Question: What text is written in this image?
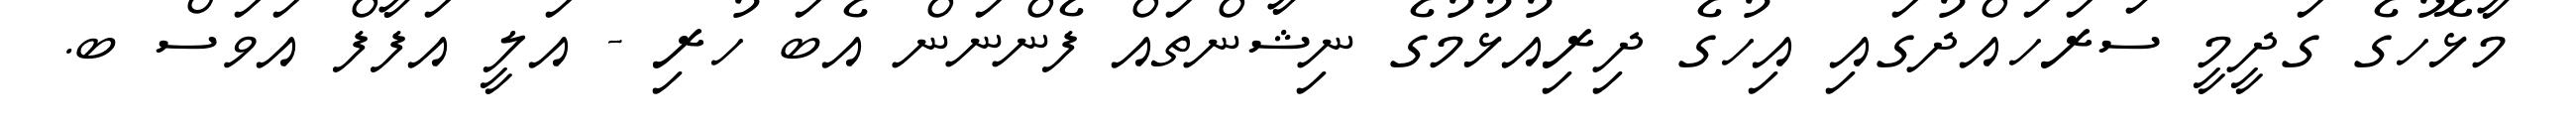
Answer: މާޅޮހުގެ ގަދީމީ ސަރަހައްދުގައި އިހުގެ ދިރިއުޅުމުގެ ނިޝާންތައް ފެންނަން އެބަ ހުރި - އަލީ އަފާފް އަވަސް ބ.